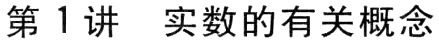
第 1 讲  实数的有关概念